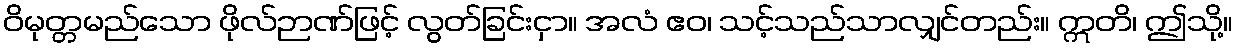
ဝိမုတ္တမည်သော ဖိုလ်ဉာဏ်ဖြင့် လွတ်ခြင်းငှာ။ အလံ ဧဝ၊ သင့်သည်သာလျှင်တည်း။ ဣတိ၊ ဤသို့။